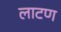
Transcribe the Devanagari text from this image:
लाटण